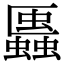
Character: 𧓨